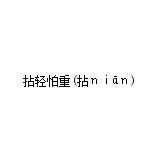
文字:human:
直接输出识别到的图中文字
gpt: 拈轻怕重(拈ｎｉāｎ)